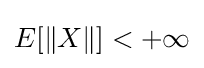
E[\|X\|]<+\infty